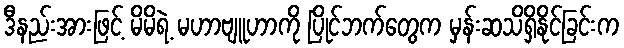
ဒီနည်းအားဖြင့် မိမိရဲ့ မဟာဗျူဟာကို ပြိုင်ဘက်တွေက မှန်းဆသိရှိနိုင်ခြင်းက